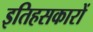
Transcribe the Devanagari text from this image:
इतिहसकारों